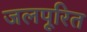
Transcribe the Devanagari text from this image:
जलपूरित